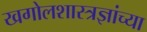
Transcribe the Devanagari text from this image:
खगोलशास्त्रज्ञांच्या